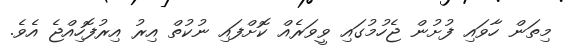
މިތަން ހާވައި ފުށުން ޖެހުމުގައި ވީވަރެއް ކޮށްފައި ނުކުތް އިރު އިރުފޮހިއްޖެ އެވެ.